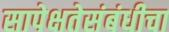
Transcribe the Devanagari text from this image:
सापेक्षतेसंबंधीचा